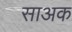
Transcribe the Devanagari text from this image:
साअक